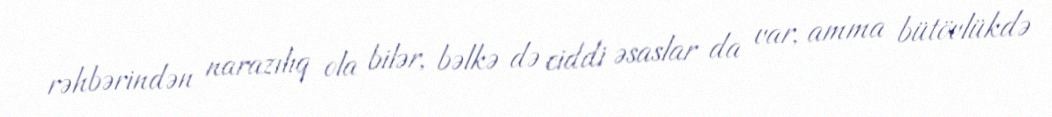
rəhbərindən narazılıq ola bilər, bəlkə də ciddi əsaslar da var, amma bütövlükdə